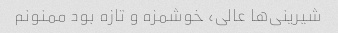
شیرینی‌ها عالی، خوشمزه و تازه بود ممنونم